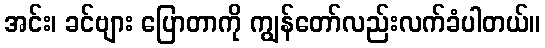
အင်း၊ ခင်ဗျား ပြောတာကို ကျွန်တော်လည်းလက်ခံပါတယ်။